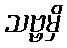
သဗ္ဗမှိ